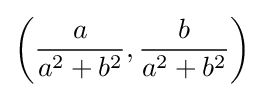
\left({\frac {a}{a^{2}+b^{2}}},{\frac {b}{a^{2}+b^{2}}}\right)